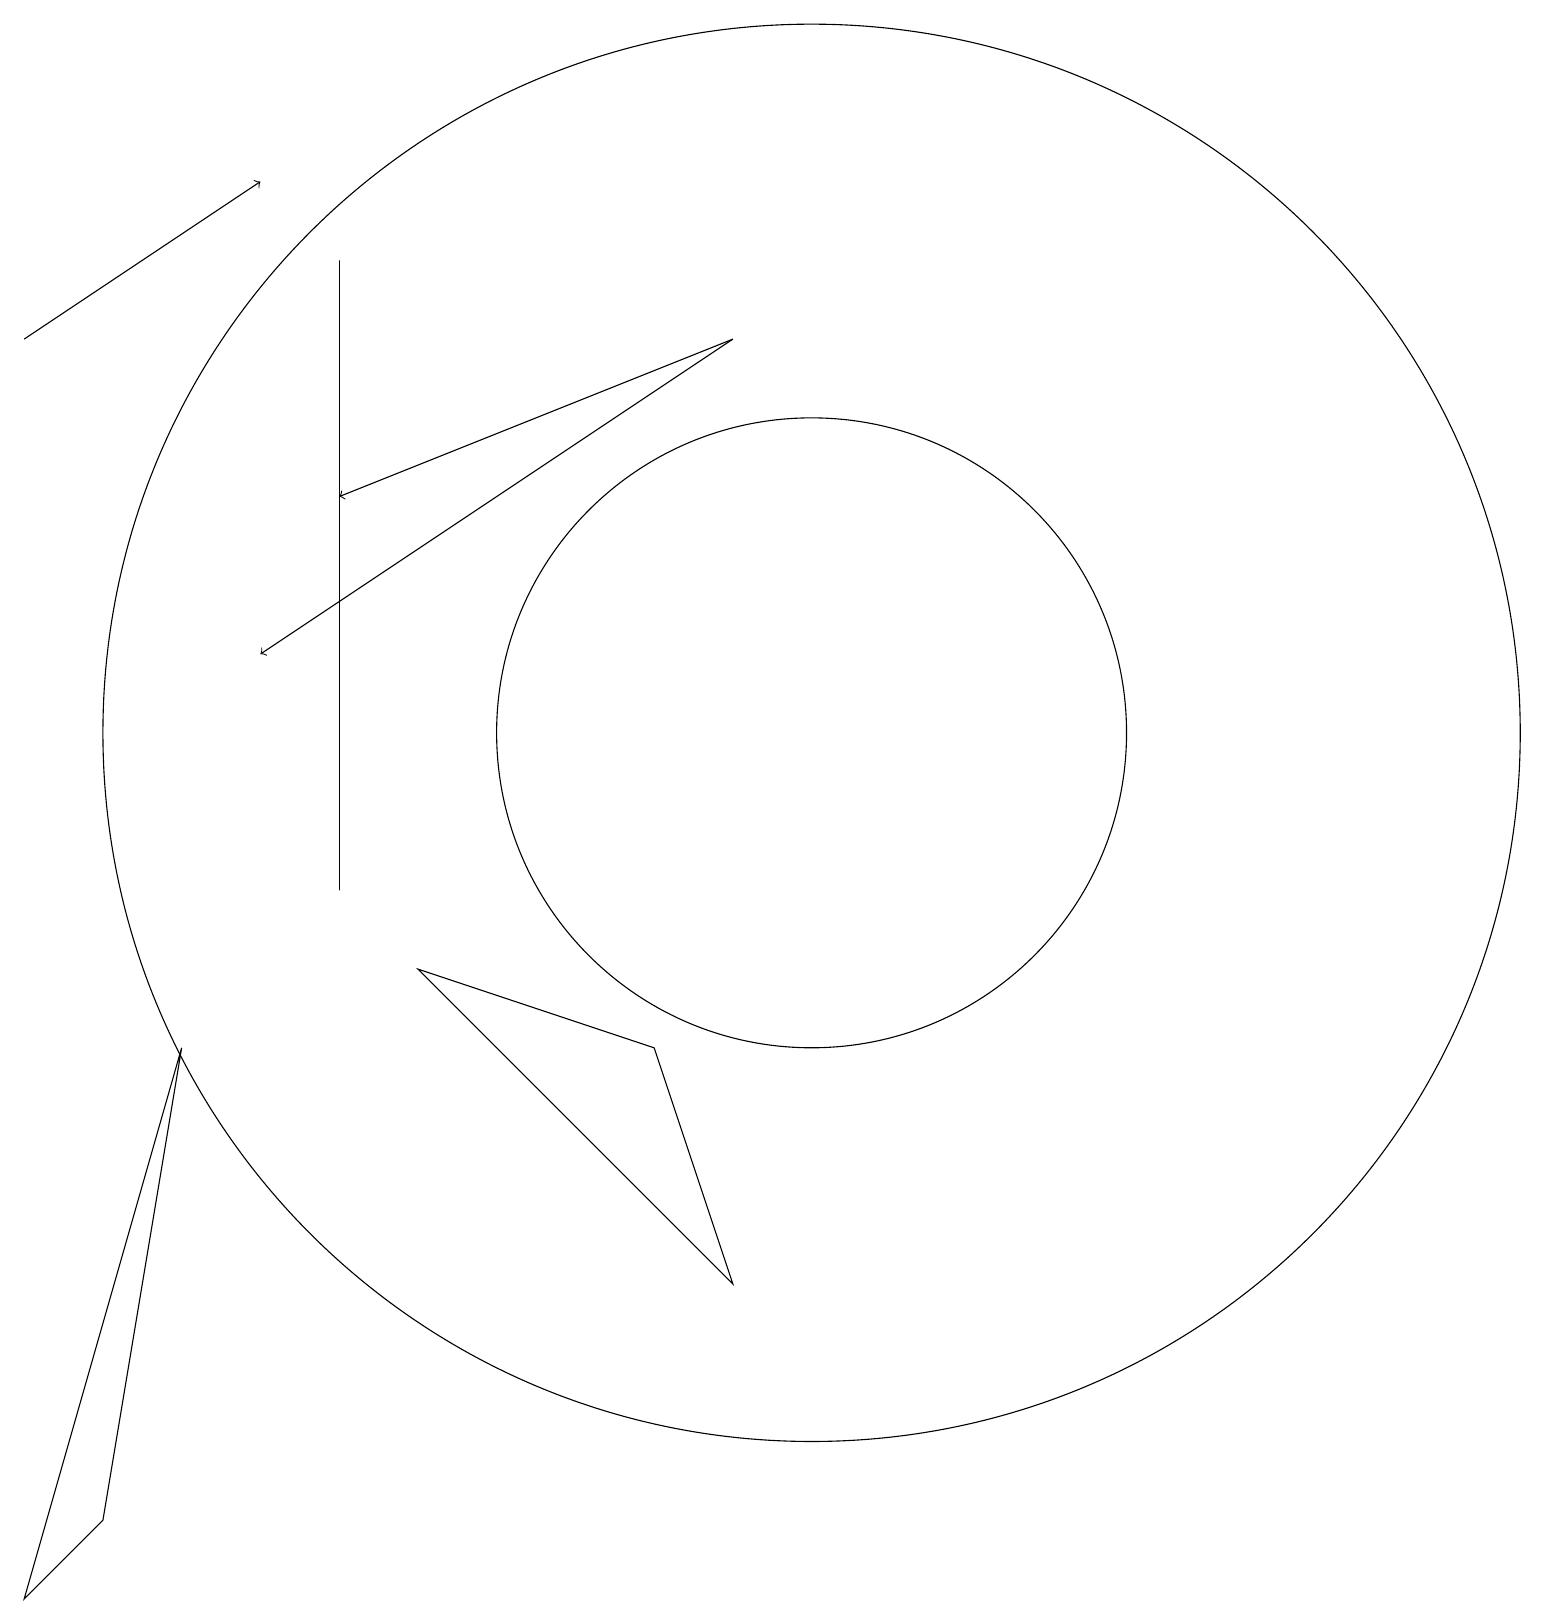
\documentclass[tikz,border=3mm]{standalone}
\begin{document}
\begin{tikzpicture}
\draw[->] (9,17) -- (3,13);
\draw (0,1) -- (2,8) -- (1,2) -- cycle;
\draw[->] (0,17) -- (3,19);
\draw (10,12) circle (4);
\draw (4,18) rectangle (4,10);
\draw (10,12) circle (9);
\draw[->] (9,17) -- (4,15);
\draw (8,8) -- (9,5) -- (5,9) -- cycle;
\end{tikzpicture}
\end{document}